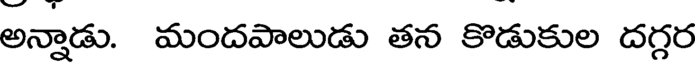
అన్నాడు. మందపాలుడు తన కొడుకుల దగ్గర